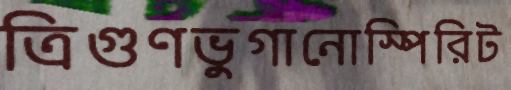
ত্রিগুণভুগানোস্পিরিট